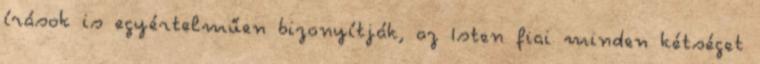
írások is egyértelműen bizonyítják, az Isten fiai minden kétséget